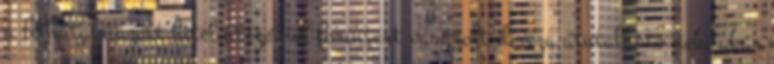
a felhatalmazott hitelintézetnél forintért vásárolt deviza átutalható neki akár